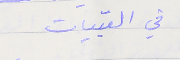
في القبيات